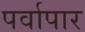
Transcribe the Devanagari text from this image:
पर्वापार